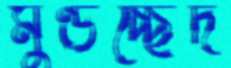
মুণ্ডচ্ছেদ